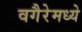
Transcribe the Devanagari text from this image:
वगैरेमध्ये